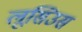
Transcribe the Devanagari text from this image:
लूसिउस